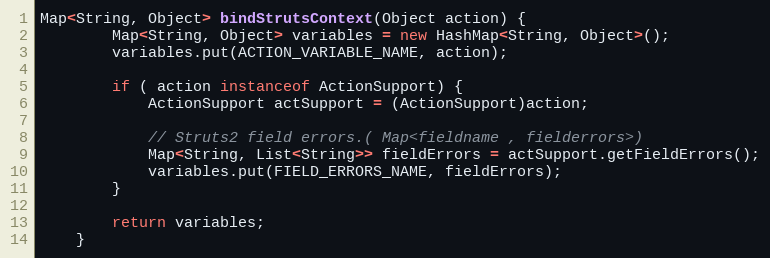
Language: Java
Map<String, Object> bindStrutsContext(Object action) {
		Map<String, Object> variables = new HashMap<String, Object>();
		variables.put(ACTION_VARIABLE_NAME, action);

		if ( action instanceof ActionSupport) {
			ActionSupport actSupport = (ActionSupport)action;

			// Struts2 field errors.( Map<fieldname , fielderrors>)
			Map<String, List<String>> fieldErrors = actSupport.getFieldErrors();
			variables.put(FIELD_ERRORS_NAME, fieldErrors);
		}

		return variables;
	}